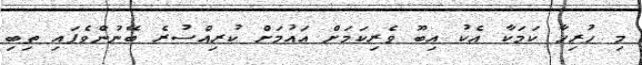
މި ހުރިހާ ކަމަކާ އެކު އިބޫ ވެރިކަމަށް އައުމަށް ކުރިއްސުރެ ބޭނުންވެފައި ތިބި